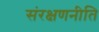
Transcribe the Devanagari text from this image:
संरक्षणनीति